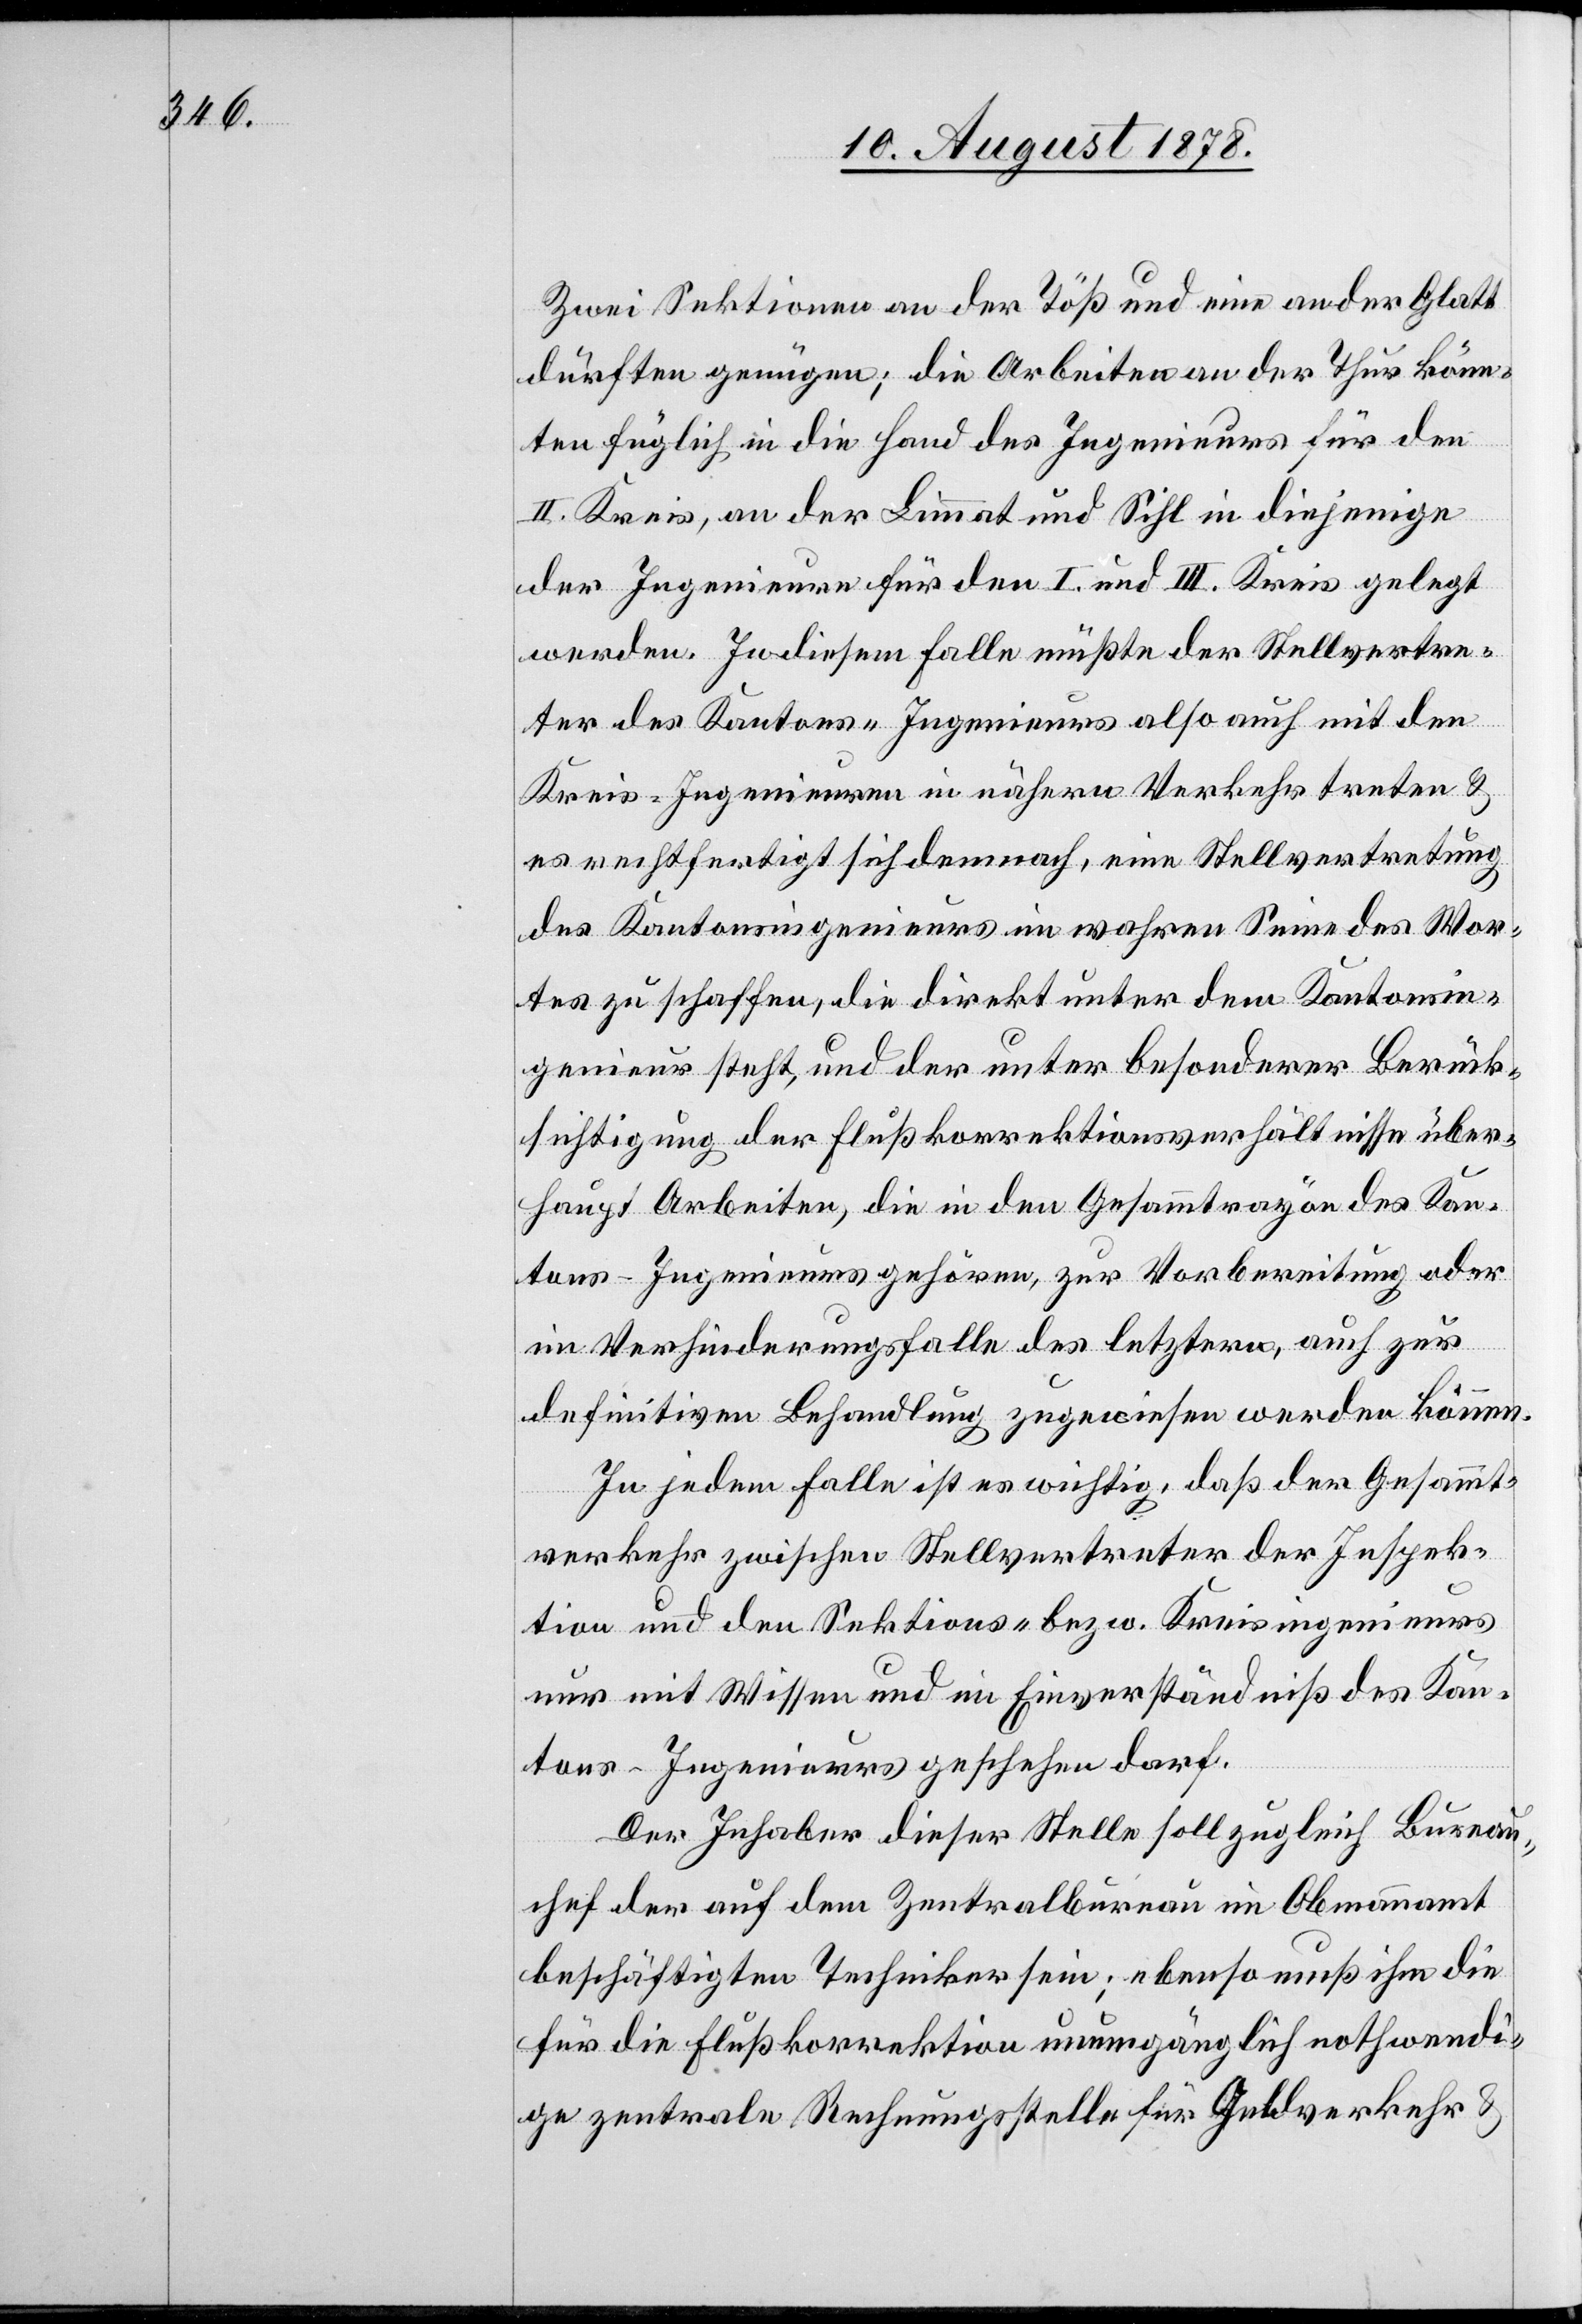
Zwei Sektionen an der Töß und eine an der Glatt
dürften genügen; die Arbeiten an der Thur könn¬
en füglich in die Hand des Ingenieurs für den
II. Kreis, an der Limmat und Sihl in diejenige
der Ingenieure für den I. und III. Kreis gelegt
werden. In diesem Falle müßte der Stellvertre¬
ter des Kantons-Ingenieurs also auch mit den
Kreis-Ingenieuren in nähern Verkehr treten &
es rechtfertigt sich demnach, eine Stellvertretung
des Kantonsingenieurs im wahren Sinne des Wor¬
tes zu schaffen, die direkt unter dem Kantonsin¬
genieur steht, und der unter besonderer Berück¬
sichtigung der Flußkorrektionsverhältnisse über¬
haupt Arbeiten, die in den Gesammtrayon des Kan¬
tons-Ingenieurs gehören, zur Vorbereitung oder
im Verhinderungsfalle des letztern, auch zur
definitiven Behandlung zugewiesen werden können.
In jedem Falle ist es wichtig, daß der Gesammt¬
verkehr zwischen Stellvertreter der Inspek¬
tion und den Sektions- bezw. Kreisingenieurs
nur mit Wissen und im Einverständniß des Kan¬
tons-Ingenieurs geschehen darf.
Der Inhaber dieser Stelle soll zugleich Bureau¬
chef der auf dem Zentralbureau im Obmannamt
beschäftigten Techniker sein; ebenso muß ihm die
für die Flußkorrektion unumgänglich nothwendi¬
ge zentrale Rechnungsstelle für Geldverkehr &